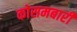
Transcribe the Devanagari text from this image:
कोसमबारी